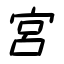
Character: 宮